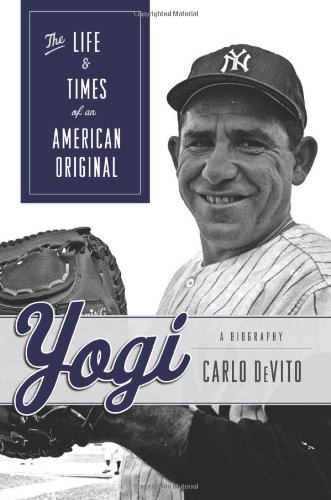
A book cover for Yogi: The Life & Times of an American Original; Carlo DeVito; Biographies & Memoirs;